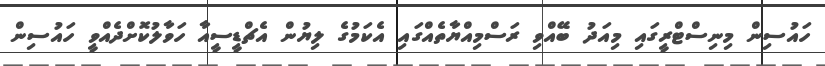
ހައުސިން މިނިސްޓްރީގައި މިއަދު ބޭއްވި ރަސްމިއްޔާތެއްގައި އެކަމުގެ ލިޔުން އެޗްޑީސީއާ ހަވާލުކޮށްދެއްވީ ހައުސިން